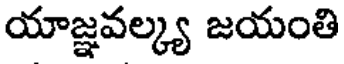
యాజ్ఞవల్క్య జయంతి